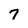
Character: 7